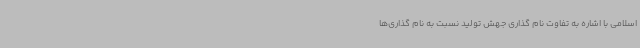
اسلامی با اشاره به تفاوت نام گذاری جهش تولید نسبت به نام گذاری‌ها